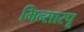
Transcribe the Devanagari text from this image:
मिन्सारपू